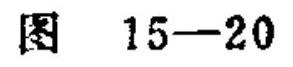
图 15—20